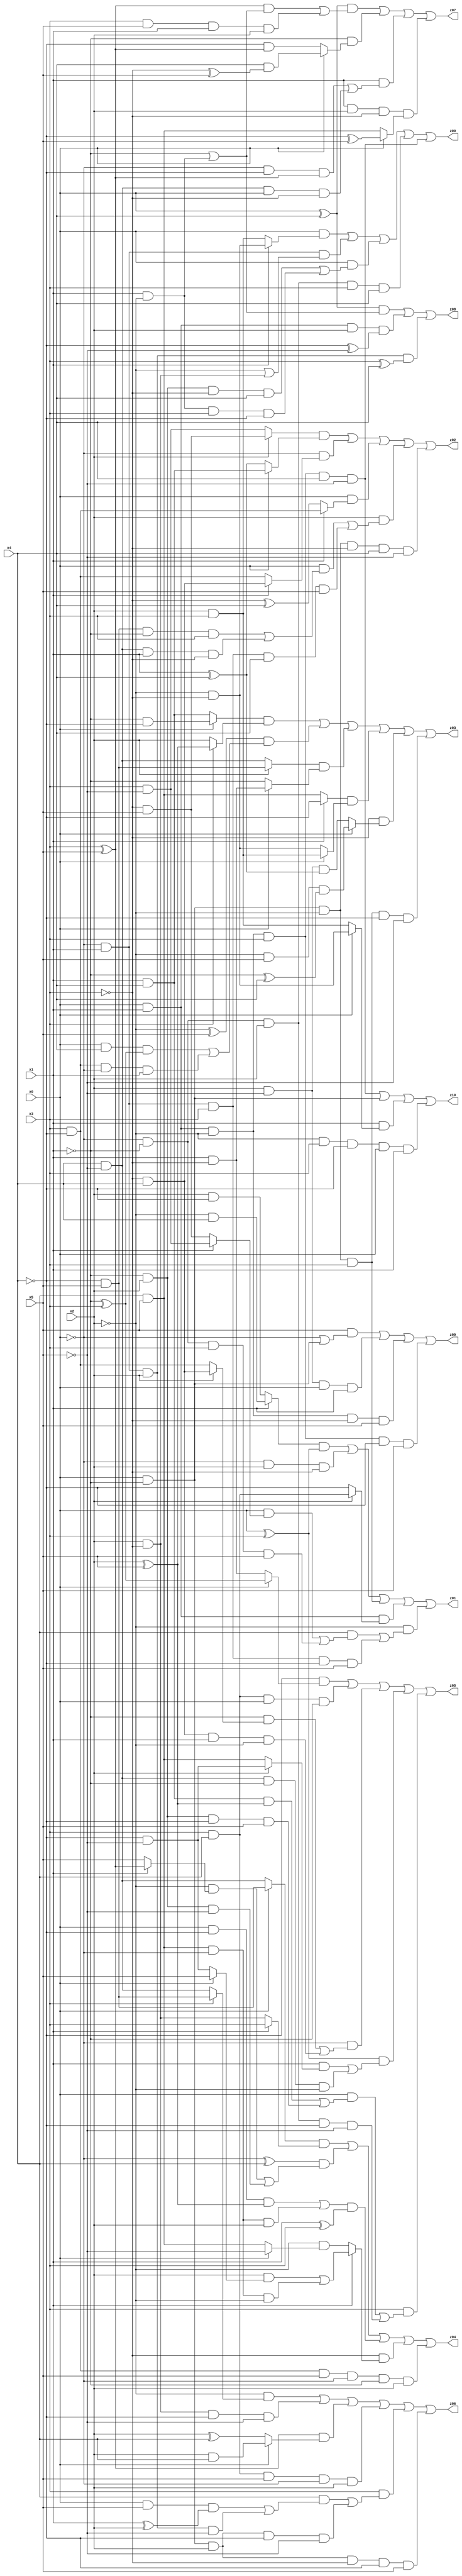
// Benchmark "X_3" written by ABC on Sat Jun 03 16:50:51 2023

module X_3 ( 
    x0, x1, x2, x3, x4, x5,
    z00, z01, z02, z03, z04, z05, z06, z07, z08, z09, z10  );
  input  x0, x1, x2, x3, x4, x5;
  output z00, z01, z02, z03, z04, z05, z06, z07, z08, z09, z10;
  assign z00 = (x0 & (x1 ? (~x2 & ~x3) : (x2 & x3))) | (~x0 & x1 & (~x2 | (x2 & ~x3))) | (x0 & ((~x1 & x2 & ~x3 & x4) | (x1 & ~x2 & x3 & ~x4))) | (~x0 & ~x1 & x2 & x3 & x4) | (x0 & x1 & ~x2 & x3 & x4 & ~x5);
  assign z01 = ((x1 ? (~x2 & x4) : (x2 & ~x4)) & (x0 ^ x3)) | (~x0 & x2 & ~x3) | (x0 & ~x1 & ~x2 & x3) | (x0 & x1 & (x2 ? (x3 & x4) : ~x4)) | (~x2 & ((x4 & ((x0 & (x1 ? (x3 & ~x5) : (~x3 & x5))) | (~x0 & ~x1 & x3 & x5))) | (~x0 & x1 & x3 & ~x4 & x5)));
  assign z02 = ((x2 ? (~x3 & x5) : (x3 & ~x5)) & (x0 ? (x1 & x4) : (x1 ^ x4))) | (~x0 & (x1 ? (~x3 & x4) : (x3 & ~x4))) | (x0 & (x1 ? (x3 & ~x4) : (~x3 ^ x4))) | (x2 & ((x0 & ((~x4 & x5 & ~x1 & x3) | (x4 & ~x5 & x1 & ~x3))) | (~x0 & x1 & x3 & x4 & x5))) | (x0 & ~x1 & ~x2 & ~x3 & x4 & ~x5);
  assign z03 = ((x0 ? (~x1 & ~x4) : (x1 & x4)) & (x3 ? (x2 ^ x5) : x2)) | ((~x2 ^ x5) & ((x0 & x4 & (~x1 ^ x3)) | (x3 & ~x4 & ~x0 & x1))) | ((x2 ? (~x4 & x5) : (x4 & ~x5)) & (x0 ? (x1 & ~x3) : ~x1)) | ((x1 ? ~x4 : (x4 & x5)) & (x0 ? (x2 & x3) : (~x2 & ~x3))) | (~x3 & (x0 ? (~x2 & x5 & (~x1 ^ x4)) : (x2 & ~x5 & (x1 ^ x4)))) | (x0 & ~x1 & ~x2 & x3 & ~x4 & ~x5);
  assign z04 = ((x0 ? (~x4 & x5) : (x4 & ~x5)) & (x1 ? x3 : (x2 & ~x3))) | ((~x0 ^ x4) & ((~x2 & (x1 ? (x3 ^ x5) : x5)) | (~x1 & x2 & ~x5))) | (((x0 & ~x4 & (x2 ^ x5)) | (x4 & x5 & ~x0 & x2)) & (x1 ^ x3)) | (~x3 & (x1 ? ((x2 & (x0 ? x5 : (~x4 & ~x5))) | (x4 & x5 & ~x0 & ~x2)) : (~x2 & (x0 ? ~x5 : (x4 & x5))))) | (x3 & ~x4 & x5 & ~x0 & ~x1 & x2);
  assign z05 = (~x4 & (x0 ? (~x1 ^ x3) : (x1 & ~x3))) | (x3 & x4 & x0 & ~x1) | (~x0 & ((~x1 & (x2 ? (~x3 & x4) : (x3 & ~x4))) | (~x3 & x4 & x1 & ~x2))) | ((x0 ^ x3) & ((x1 & (x2 ? (~x4 & ~x5) : (x4 & x5))) | (x4 & ~x5 & ~x1 & ~x2))) | (x3 & ((x0 & ((x1 & x4 & (x2 ^ x5)) | (~x1 & x2 & ~x4 & x5))) | (~x0 & ~x1 & x2 & ~x4 & ~x5)));
  assign z06 = (~x2 & (x3 ? (~x4 & x5) : (x4 & ~x5))) | (x2 & ~x3 & ~x4 & ~x5) | ((x3 ^ x5) & (x0 ? (x2 & x4) : (x2 ^ x4))) | (x3 & x4 & x5 & ~x0 & x2) | (x3 & ((x4 & ((x0 & x5 & (x1 ^ x2)) | (~x0 & x1 & x2 & ~x5))) | (x0 & ~x1 & x2 & ~x4 & ~x5))) | (x0 & ~x1 & x2 & ~x3 & ~x4 & x5);
  assign z07 = ((x0 ^ x4) & (((x3 ^ x5) & (~x1 | (x1 & ~x2))) | (x3 & x5 & x1 & x2))) | (~x1 & (x0 ? (x4 & (~x3 ^ x5)) : (~x4 & (x3 ^ x5)))) | (x1 & ((~x0 & ~x4 & (x3 ^ x5)) | (x4 & ~x5 & x0 & ~x3))) | (x1 & x2 & ~x3 & (x0 ? (~x4 ^ x5) : (x4 & x5)));
  assign z08 = ((x0 ^ x4) & (~x1 | (x1 & ~x2))) | (x0 & x1 & x2 & (~x4 ^ ~x5)) | (~x0 & x1 & x2 & (x3 ^ x4));
  assign z09 = (x5 & (~x0 | (x0 & ~x1))) | (x2 & ~x5 & x0 & x1) | (x0 & x1 & ~x2 & ~x3 & x5) | (x0 & x1 & ~x2 & x3 & ~x4 & x5);
  assign z10 = (x0 & x1 & ~x2 & x3 & x4 & ~x5) | (x0 & ~x1) | (x1 & (x0 ? (~x2 & ~x3) : (x2 & x3))) | (~x2 & x3 & ~x4 & x0 & x1);
endmodule